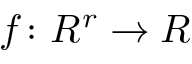
f \colon R ^ { r } \to R